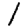
Digit: 1